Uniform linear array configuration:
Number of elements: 4
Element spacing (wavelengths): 0.75
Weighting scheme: exponential
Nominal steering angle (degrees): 45
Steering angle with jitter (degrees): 46.435
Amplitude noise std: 0.05
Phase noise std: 0.05

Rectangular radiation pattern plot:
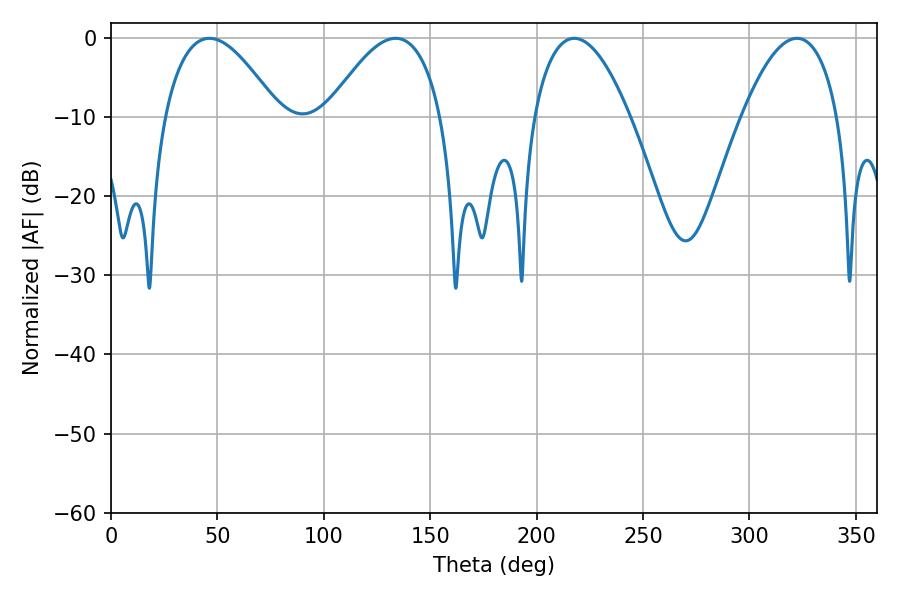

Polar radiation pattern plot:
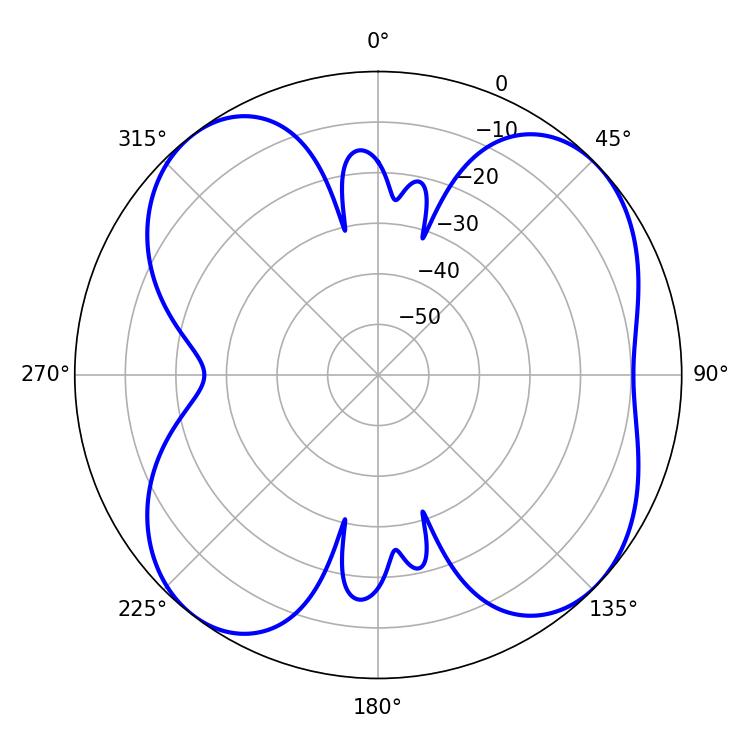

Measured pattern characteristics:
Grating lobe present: TRUE
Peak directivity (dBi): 8.78
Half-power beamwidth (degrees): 29.52
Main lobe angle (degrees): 46.26